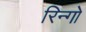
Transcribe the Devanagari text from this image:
रिन्गो